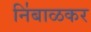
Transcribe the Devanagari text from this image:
नि॑बाळकर